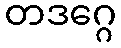
တဒဂ္ဂေ